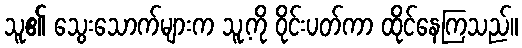
သူ၏ သွေးသောက်များက သူ့ကို ဝိုင်းပတ်ကာ ထိုင်နေကြသည်။